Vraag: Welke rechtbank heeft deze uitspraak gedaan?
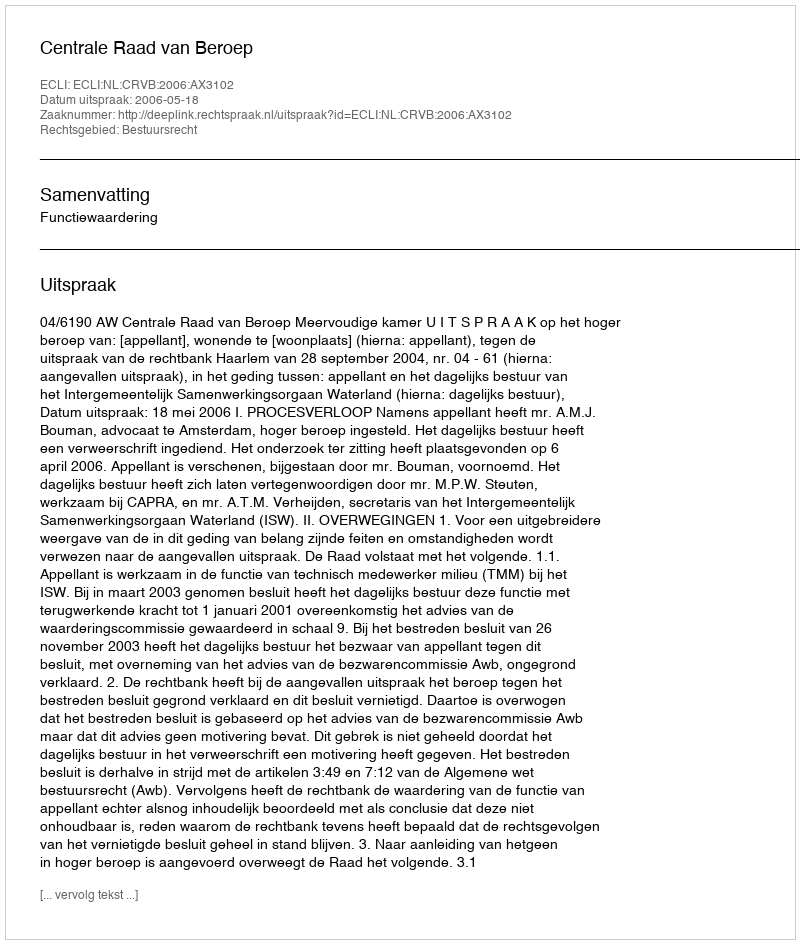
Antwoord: Centrale Raad van Beroep